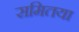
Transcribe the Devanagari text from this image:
समितया